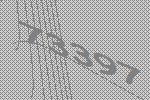
73397